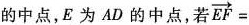
的中点，E为AD的中点，若\overrightarrow{EF}=